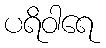
ပရိဝါရေ